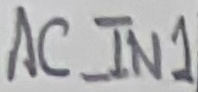
Text: AC_IN1